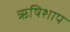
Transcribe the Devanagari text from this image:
ऋषिशाप